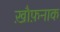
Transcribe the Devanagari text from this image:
ख़ौफ़नाक